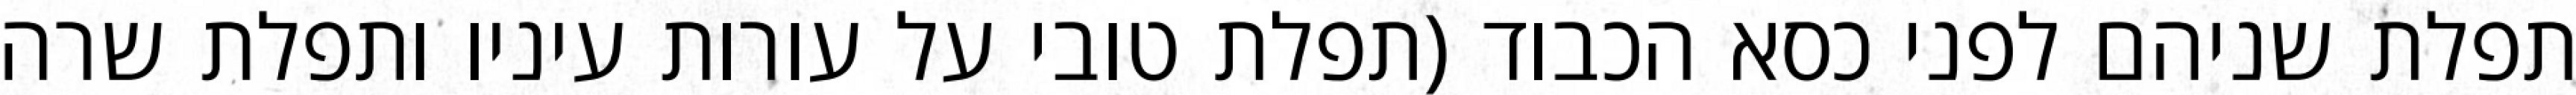
תפלת שניהם לפני כסא הכבוד (תפלת טובי על עורות עיניו ותפלת שרה